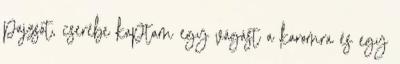
pajzsot, cserébe kaptam egy vágást a karomra és egy